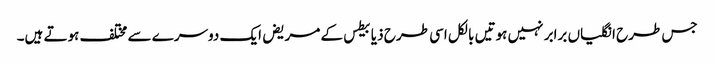
جس طرح انگلیاں برابر نہیں ہوتیں بالکل اسی طرح ذیابیطس کے مریض ایک دوسرے سے مختلف ہوتے ہیں۔